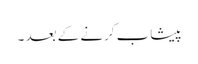
پیشاب کرنے کے بعد ۔